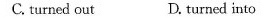
C. turned out D. turned into